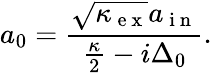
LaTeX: a_{0}=\frac{\sqrt{\kappa_{\mathrm{~e~x~}}}a_{\mathrm{~i~n~}}}{\frac{\kappa}{2}-i\Delta_{0}}.